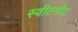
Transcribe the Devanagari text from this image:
स्वीटमीट